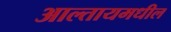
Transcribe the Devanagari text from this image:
आल्तायमधील